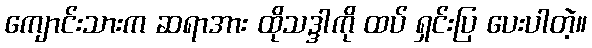
ကျောင်းသားက ဆရာအား ထိုသဒ္ဒါကို ထပ် ရှင်းပြ ပေးပါတဲ့။